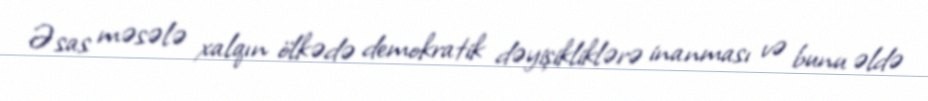
Əsas məsələ xalqın ölkədə demokratik dəyişikliklərə inanması və bunu əldə